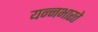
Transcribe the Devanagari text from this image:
यन्नभारते